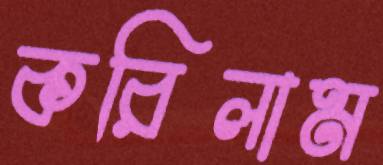
করিলাম